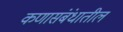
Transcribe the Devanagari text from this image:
कणासंबंधातील